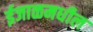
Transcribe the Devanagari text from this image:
ईजाळमधील